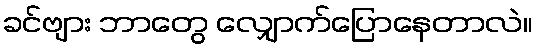
ခင်ဗျား ဘာတွေ လျှောက်ပြောနေတာလဲ။